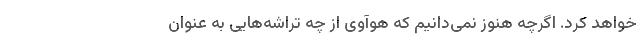
خواهد کرد. اگرچه هنوز نمی‌دانیم که هوآوی از چه تراشه‌هایی به عنوان